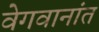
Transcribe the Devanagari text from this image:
वेगवानांत